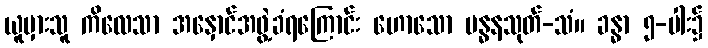
ယူမှားသူ ကိလေသာ အနှောင်အဖွဲ့ခံရကြောင်း ဟောသော ဗန္ဓနသုတ်-သံ။ ခန္ဓာ ၅-ပါး၌